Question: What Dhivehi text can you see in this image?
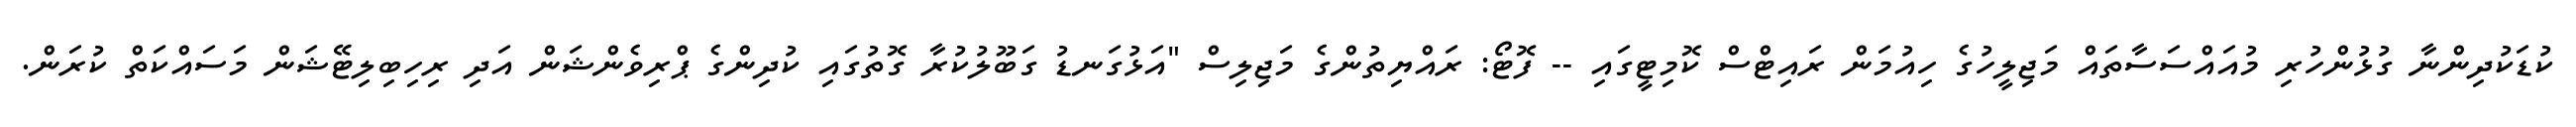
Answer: ކުޑަކުދިންނާ ގުޅުންހުރި މުއައްސަސާތައް މަޖިލީހުގެ ހިއުމަން ރައިޓްސް ކޮމިޓީގައި -- ފޮޓޯ: ރައްޔިތުންގެ މަޖިލިސް "އަޅުގަނޑު ގަބޫލުކުރާ ގޮތުގައި ކުދިންގެ ޕްރިވެންޝަން އަދި ރިހިބިލިޓޭޝަން މަސައްކަތް ކުރަން.